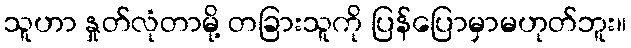
သူဟာ နှုတ်လုံတာမို့ တခြားသူကို ပြန်ပြောမှာမဟုတ်ဘူး။